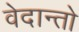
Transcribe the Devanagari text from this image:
वेदान्तो